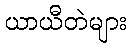
ယာယီတဲများ